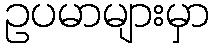
ဥပမာများမှာ